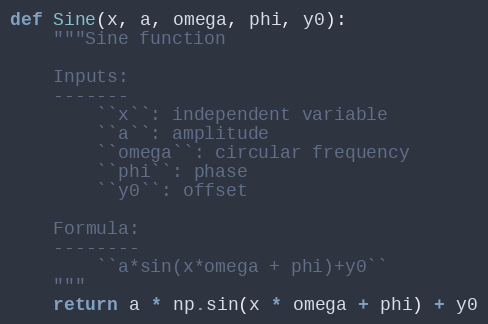
Language: Python
def Sine(x, a, omega, phi, y0):
    """Sine function

    Inputs:
    -------
        ``x``: independent variable
        ``a``: amplitude
        ``omega``: circular frequency
        ``phi``: phase
        ``y0``: offset

    Formula:
    --------
        ``a*sin(x*omega + phi)+y0``
    """
    return a * np.sin(x * omega + phi) + y0